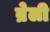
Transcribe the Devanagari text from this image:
ब्रेली